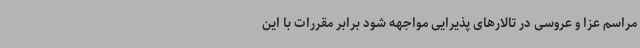
مراسم عزا و عروسی در تالارهای پذیرایی مواجهه شود برابر مقررات با این